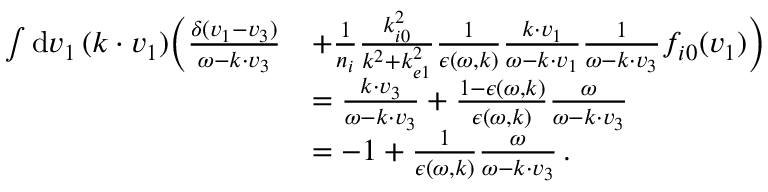
\begin{array} { r l } { \int \mathrm { d } \boldsymbol { v } _ { 1 } \, ( \boldsymbol { k \cdot v } _ { 1 } ) \biggl ( \frac { \delta ( \boldsymbol { v } _ { 1 } - \boldsymbol { v } _ { 3 } ) } { \omega - \boldsymbol { k } \cdot \boldsymbol { v } _ { 3 } } } & { + \frac { 1 } { n _ { i } } \frac { k _ { i 0 } ^ { 2 } } { k ^ { 2 } + k _ { e 1 } ^ { 2 } } \frac { 1 } { \epsilon ( \omega , \boldsymbol { k } ) } \frac { \boldsymbol { k \cdot v } _ { 1 } } { \omega - \boldsymbol { k \cdot v } _ { 1 } } \frac { 1 } { \omega - \boldsymbol { k \cdot v } _ { 3 } } f _ { i 0 } ( \boldsymbol { v } _ { 1 } ) \biggr ) } \\ & { = \frac { \boldsymbol { k \cdot v } _ { 3 } } { \omega - \boldsymbol { k \cdot v } _ { 3 } } + \frac { 1 - \epsilon ( \omega , \boldsymbol { k } ) } { \epsilon ( \omega , \boldsymbol { k } ) } \frac { \omega } { \omega - \boldsymbol { k \cdot v } _ { 3 } } } \\ & { = - 1 + \frac { 1 } { \epsilon ( \omega , \boldsymbol { k } ) } \frac { \omega } { \omega - \boldsymbol { k \cdot v } _ { 3 } } \, . } \end{array}